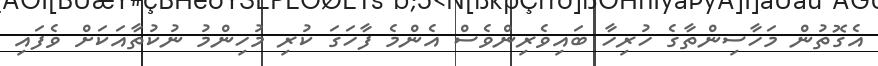
އެގޮތުން މަހާސިންތާގެ ހުރިހާ ބައިވެރިންވެސް އެންމެ ފާހަގަ ކުރި މުހިންމު ނުކުތާއަކަށް ވެފައި